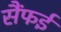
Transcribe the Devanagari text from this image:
सैंफई